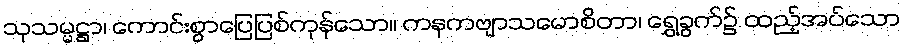
သုသမ္မဋ္ဌာ၊ ကောင်းစွာပြေပြစ်ကုန်သော။ ကနကဗျာသမောစိတာ၊ ရွှေခွက်၌ ထည့်အပ်သော